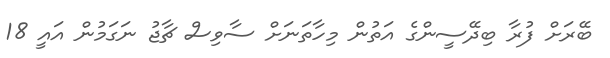
ބޭރަށް ފުރާ ބިދޭސީންގެ އަތުން މިހާތަނަށް ސާވިސް ޗާޖު ނަގަމުން އައީ 18